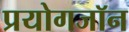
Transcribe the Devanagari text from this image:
प्रयोगजॉन